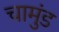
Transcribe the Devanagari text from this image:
चामुंड